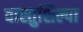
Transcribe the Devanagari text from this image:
वास्तुशिल्पा